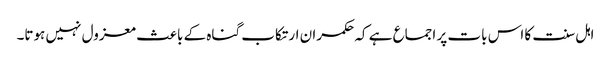
اہل سنت کا اس بات پر اجماع ہے کہ حکمران ارتکاب گناہ کے باعث معزول نہیں ہوتا۔